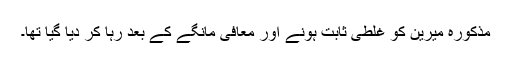
مذکورہ میرین کو غلطی ثابت ہونے اور معافی مانگے کے بعد رہا کر دیا گیا تھا۔